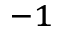
^ { - 1 }